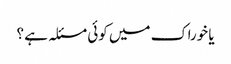
یا خوراک میں کوئی مسئلہ ہے ؟